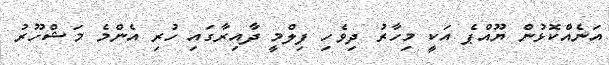
އަނެއްކޮޅުން ޔޫއްޕެ އަކީ މިހާރު ދިވެހި ފިލްމީ ދާއިރާގައި ހުރި އެންމެ މަޝްހޫރު